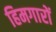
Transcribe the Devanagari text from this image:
हिमगारों